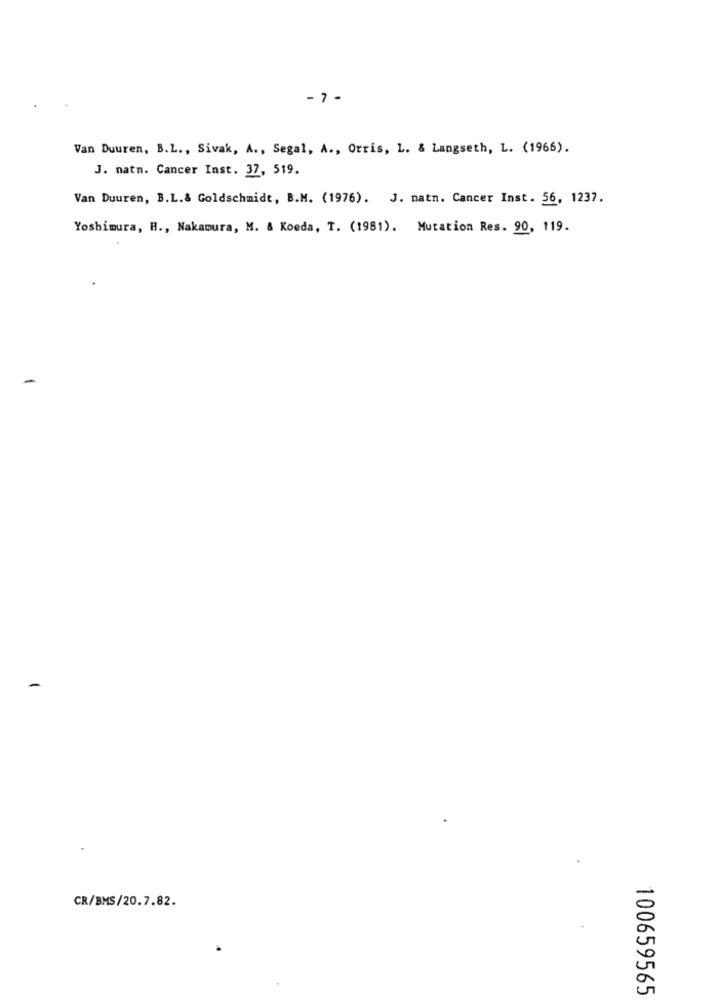
-7-
Van Duuren, B.L ., Sivak, A ., Segal, A ., Orris, L. & Langseth, L. (1966).
J. natn. Cancer Inst. 37, 519.
Van Duuren, B.L.& Goldschmidt, B.M. (1976). J. natn. Cancer Inst. 56, 1237.
Yoshimura, H ., Nakamura, M. & Koeda, T. (1981). Mutation Res. 90, 119.
CR/BMS/20.7.82.
100659565